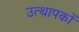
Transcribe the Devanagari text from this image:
उत्थापकों